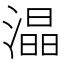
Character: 𭲟